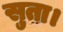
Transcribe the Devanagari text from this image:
सुता।